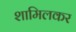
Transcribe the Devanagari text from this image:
शामिलकर